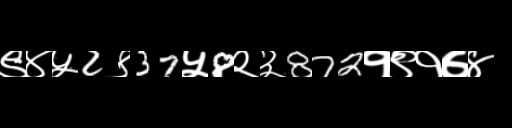
Text: ९४५2९37५8२३872१९१७४